Report on the working of the mental hospitals for Indians in Bihar and Orissa - 1925-1929
Year: 1925
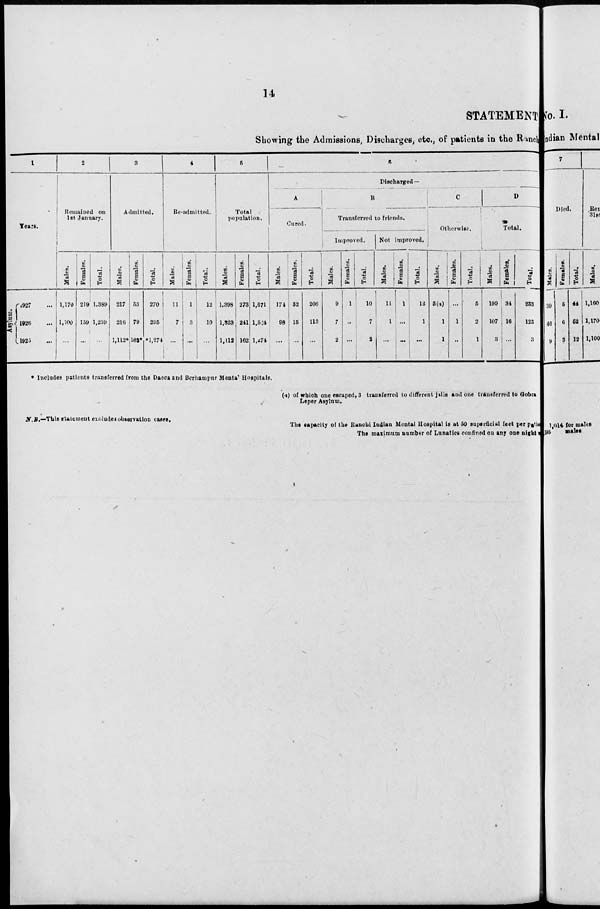
14
STATEMENT
Showing the Admissions, Discharges, etc., of patients in the Ranchi
1
Years.
Asylum.
1927 ...
1926 ...
1925 ...
2
Remained on
1st January.
Males.
1,170
1,100
...
Females.
219
159
...
Total.
1,389
1,259
...
3
Admitted.
Males.
217
216
1,112*
Females.
53
79
162*
Total.
270
295
*1,274
4
Re-admitted.
Males.
11
7
...
Females.
1
3
...
Total.
12
10
...
5
Total
population.
Males.
1,398
1,323
1,112
Females.
273
241
162
Total.
1,671
1,564
1,274
6
Discharged—
A
Cured.
Males.
174
98
...
Females.
32
15
...
Total.
206
113
...
B
Transferred to friends.
Improved.
Males.
9
7
2
Females.
1
...
...
Total.
10
7
2
Not improved.
Males.
11
1
...
Females.
1
...
...
Total.
12
1
...
C
Otherwise.
Males.
5(a)
1
1
Females.
...
1
...
Total.
5
2
1
D
Total.
Males.
199
107
3
Females.
34
16
...
Total.
233
123
3
* Includes patients transferred from the Dacca and Berhampur Mental Hospitals.
(4) of which one escaped, 3 transferred to different jails and one transferred to Gobra
Leper Asylum.
N.B.—This statement excludes observation cases.
The capacity of the Ranchi Indian Mental Hospital is at 50 superficial feet per patie
The maximum number of Lunatics confined on any one night